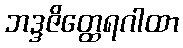
ဘဒ္ဒဇိတ္ထေရဂါထာ